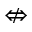
\nLeftrightarrow